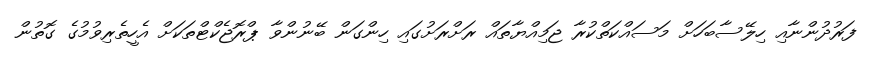
ފަރުދުންނާއި ހިލޭސާބަހަށް މަސައްކަތްކުރާ ޖަމިއްޔާތައް ރަށްރަށުގައި ހިންގަން ބޭނުންވާ ޕްރޮޖެކްޓްތަކަށް އެހީތެރިވުމުގެ ގޮތުން